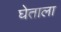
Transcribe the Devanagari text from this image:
घेताला